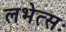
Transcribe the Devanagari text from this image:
लभेत्सः